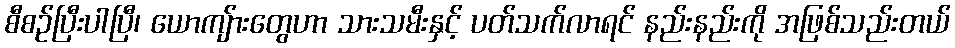
စီစဉ်ပြီးပါပြီ၊ ယောကျ်ားတွေဟာ သားသမီးနှင့် ပတ်သက်လာရင် နည်းနည်းကို အဖြစ်သည်းတယ်